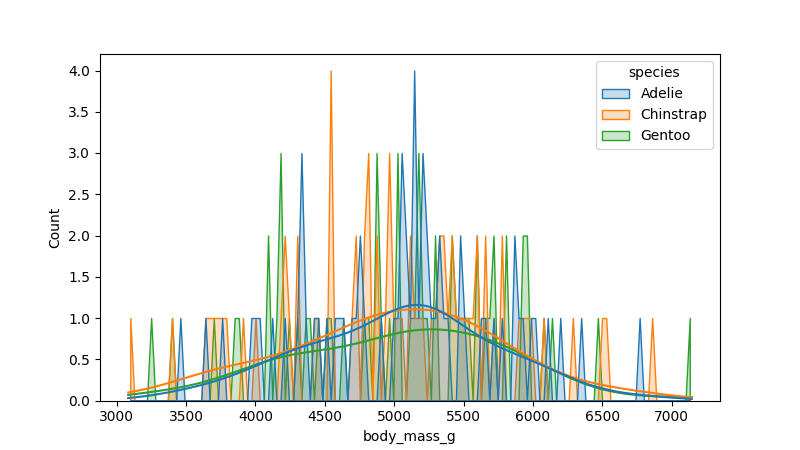
python, seaborn, histplot, hue='species', binwidth=30, bins='auto', element='poly'